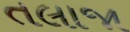
તલાજા